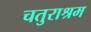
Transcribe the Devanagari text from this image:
चतुराश्रम